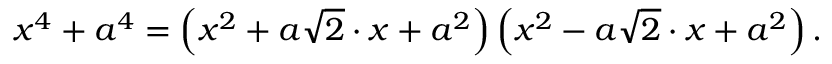
x ^ { 4 } + a ^ { 4 } = \left( x ^ { 2 } + a { \sqrt { 2 } } \cdot x + a ^ { 2 } \right) \left( x ^ { 2 } - a { \sqrt { 2 } } \cdot x + a ^ { 2 } \right) .